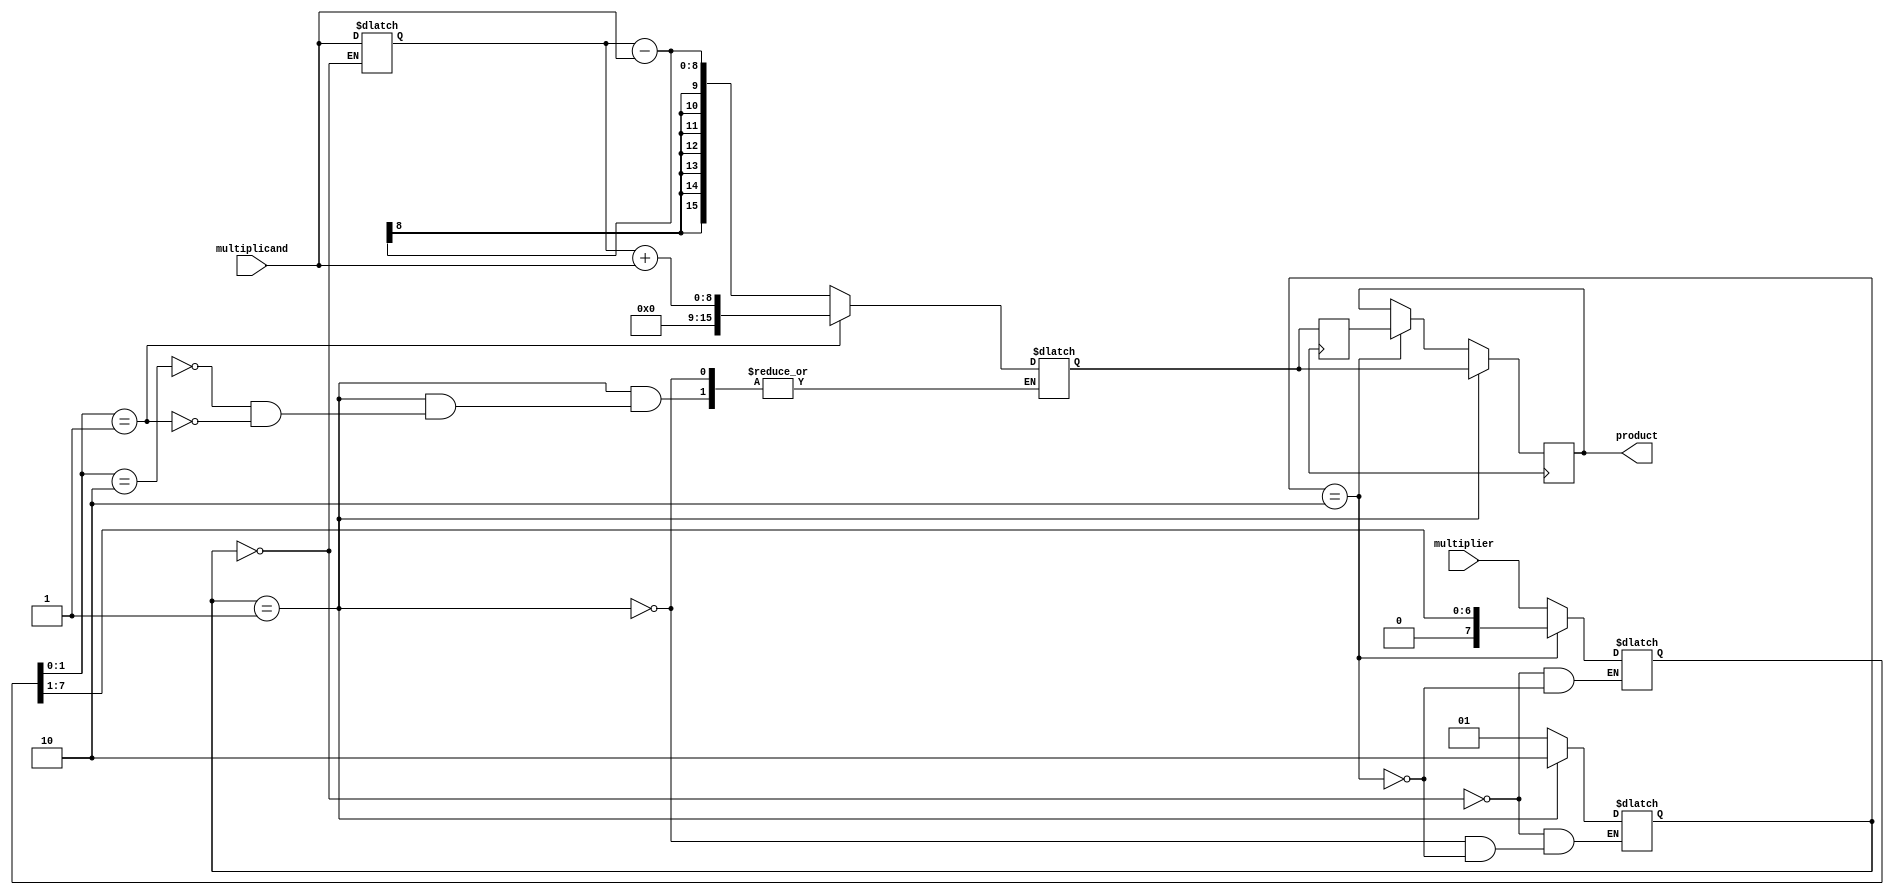
module modified_booth_multiplier(
    input wire [7:0] multiplicand,
    input wire [7:0] multiplier,
    output reg [15:0] product
);

reg [7:0] a_reg;
reg [7:0] s_reg;
reg [1:0] control;
reg [7:0] b;
reg [15:0] alignment_reg;
reg [15:0] sum;
reg [15:0] prev_sum;

always @(*) begin
    case(control)
        2'b00: begin
            a_reg = {8'b0, multiplicand};
            s_reg = multiplier;
            control = 2'b01;
        end
        2'b01: begin
            case({s_reg[1],s_reg[0]})
                2'b10: begin
                    b = {8'b0, multiplicand};
                    sum = a_reg - b;
                    control = 2'b10;
                end
                2'b01: begin
                    b = {8'b0, multiplicand};
                    sum = a_reg + b;
                    control = 2'b10;
                end
                default: begin
                    control = 2'b10;
                end
            endcase
        end
        2'b10: begin
            s_reg = s_reg >> 1;
            control = 2'b01;
        end
    endcase
end

always @(posedge clock) begin
    prev_sum <= sum;
    if(control == 2'b01) begin
        alignment_reg <= {15'b0, sum};
    end else if(control == 2'b10) begin
        alignment_reg <= {15'b0, prev_sum};
    end
end

assign product = alignment_reg;

endmodule